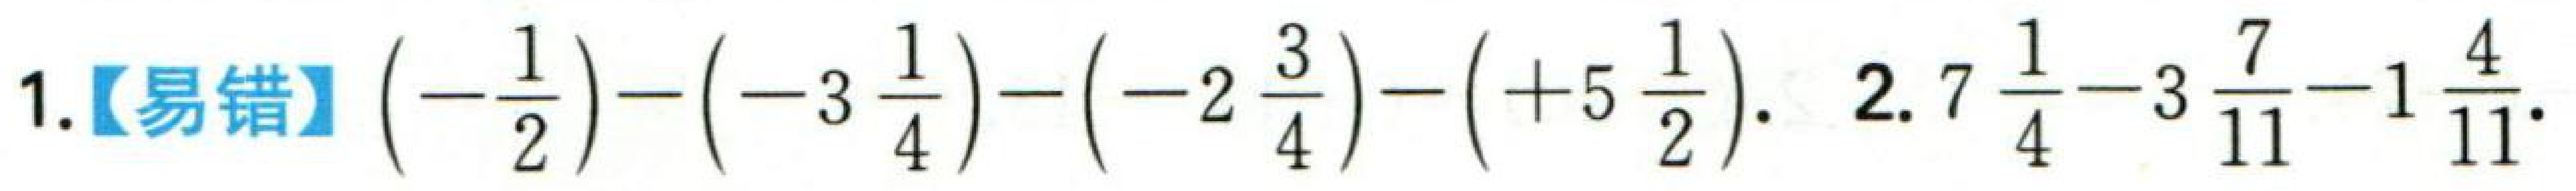
1.【易错】\(\left(-\frac{1}{2}\right)-\left(-3\frac{1}{4}\right)-\left(-2\frac{3}{4}\right)-\left(+5\frac{1}{2}\right)\). 2.\(7\frac{1}{4}-3\frac{7}{11}-1\frac{4}{11}\).